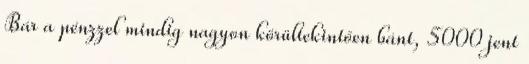
Bár a pénzzel mindig nagyon körültekintően bánt, 5000 jent